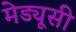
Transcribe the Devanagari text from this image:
मेड्यूसी